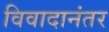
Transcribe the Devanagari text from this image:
विवादानंतर